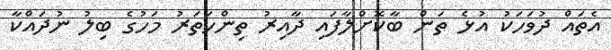
އެތައް ދުވަހަކު އުޅެ ތަން ބާކޮށްލާފައި ދާއިރު ތިންހަތަރު މަހުގެ ބިލު ނުދައްކާ